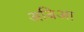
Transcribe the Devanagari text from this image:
अबिआ